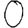
Digit: 0